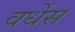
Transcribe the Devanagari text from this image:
वर्धेस